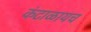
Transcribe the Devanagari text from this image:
कंटाळायच